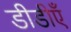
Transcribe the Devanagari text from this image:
डीडीएँ